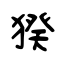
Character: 猤